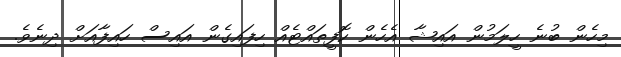
މިހެން ބުނެ ހީލަމުން އައިޝާ އެހެން ކޮފީތައްޓެއް ހިފައިގެން އައިސް ހައިފާއަށް ދިނެވެ.